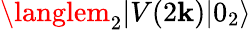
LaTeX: \langlem_{2}|V(2\mathbf{k})|0_{2}\rangle